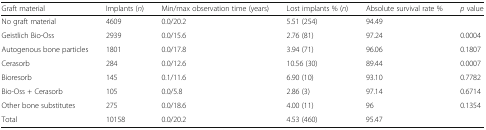
| Graft material | Implants (n) | Min/max observation time (years) | Lost implants % (n) | Absolute survival rate % | p value |
 | --- | --- | --- | --- | --- | --- |
 | No graft material | 4609 | 0.0/20.2 | 5.51 (254) | 94.49 |  |
 | Geistlich Bio-Oss | 2939 | 0.0/15.6 | 2.76 (81) | 97.24 | 0.0004 |
 | Autogenous bone particles | 1801 | 0.0/17.8 | 3.94 (71) | 96.06 | 0.1807 |
 | Cerasorb | 284 | 0.0/12.6 | 10.56 (30) | 89.44 | 0.0007 |
 | Bioresorb | 145 | 0.1/11.6 | 6.90 (10) | 93.10 | 0.7782 |
 | Bio-Oss + Cerasorb | 105 | 0.0/5.8 | 2.86 (3) | 97.14 | 0.6714 |
 | Other bone substitutes | 275 | 0.0/18.6 | 4.00 (11) | 96 | 0.1354 |
 | Total | 10158 | 0.0/20.2 | 4.53 (460) | 95.47 |  |